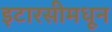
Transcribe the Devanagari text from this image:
इटारसीमधून